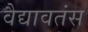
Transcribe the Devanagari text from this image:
वैद्यावतंस